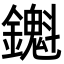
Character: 𬬖